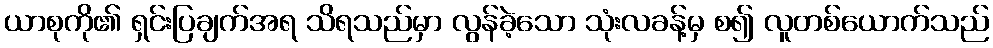
ယာစုကို၏ ရှင်းပြချက်အရ သိရသည်မှာ လွန်ခဲ့သော သုံးလခန့်မှ စ၍ လူတစ်ယောက်သည်